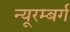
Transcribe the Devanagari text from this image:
न्यूरम्बर्ग